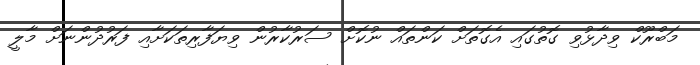
މަބްރޫކް ވިދާޅުވި ގޮތުގައި އެގޮތަށް ކަންތައް ނުކޮށް ސަރުކާރުން ވިޔަފާރިތަކަށާއި ފަރުދުންނަަށް މާލީ